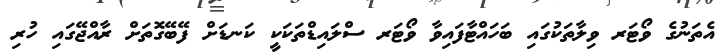
އެތަނުގެ ވޯޓަރ ވިލާތަކުގައި ބަހައްޓާފައިވާ ވޯޓަރ ސްލައިޑްތަކަކީ ކަނޑަށް ފޭބޭގޮތަށް ރާއްޖޭގައި ހުރި